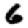
Digit: 6